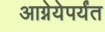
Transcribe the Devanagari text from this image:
आग्नेयेपर्यंत